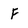
Character: F